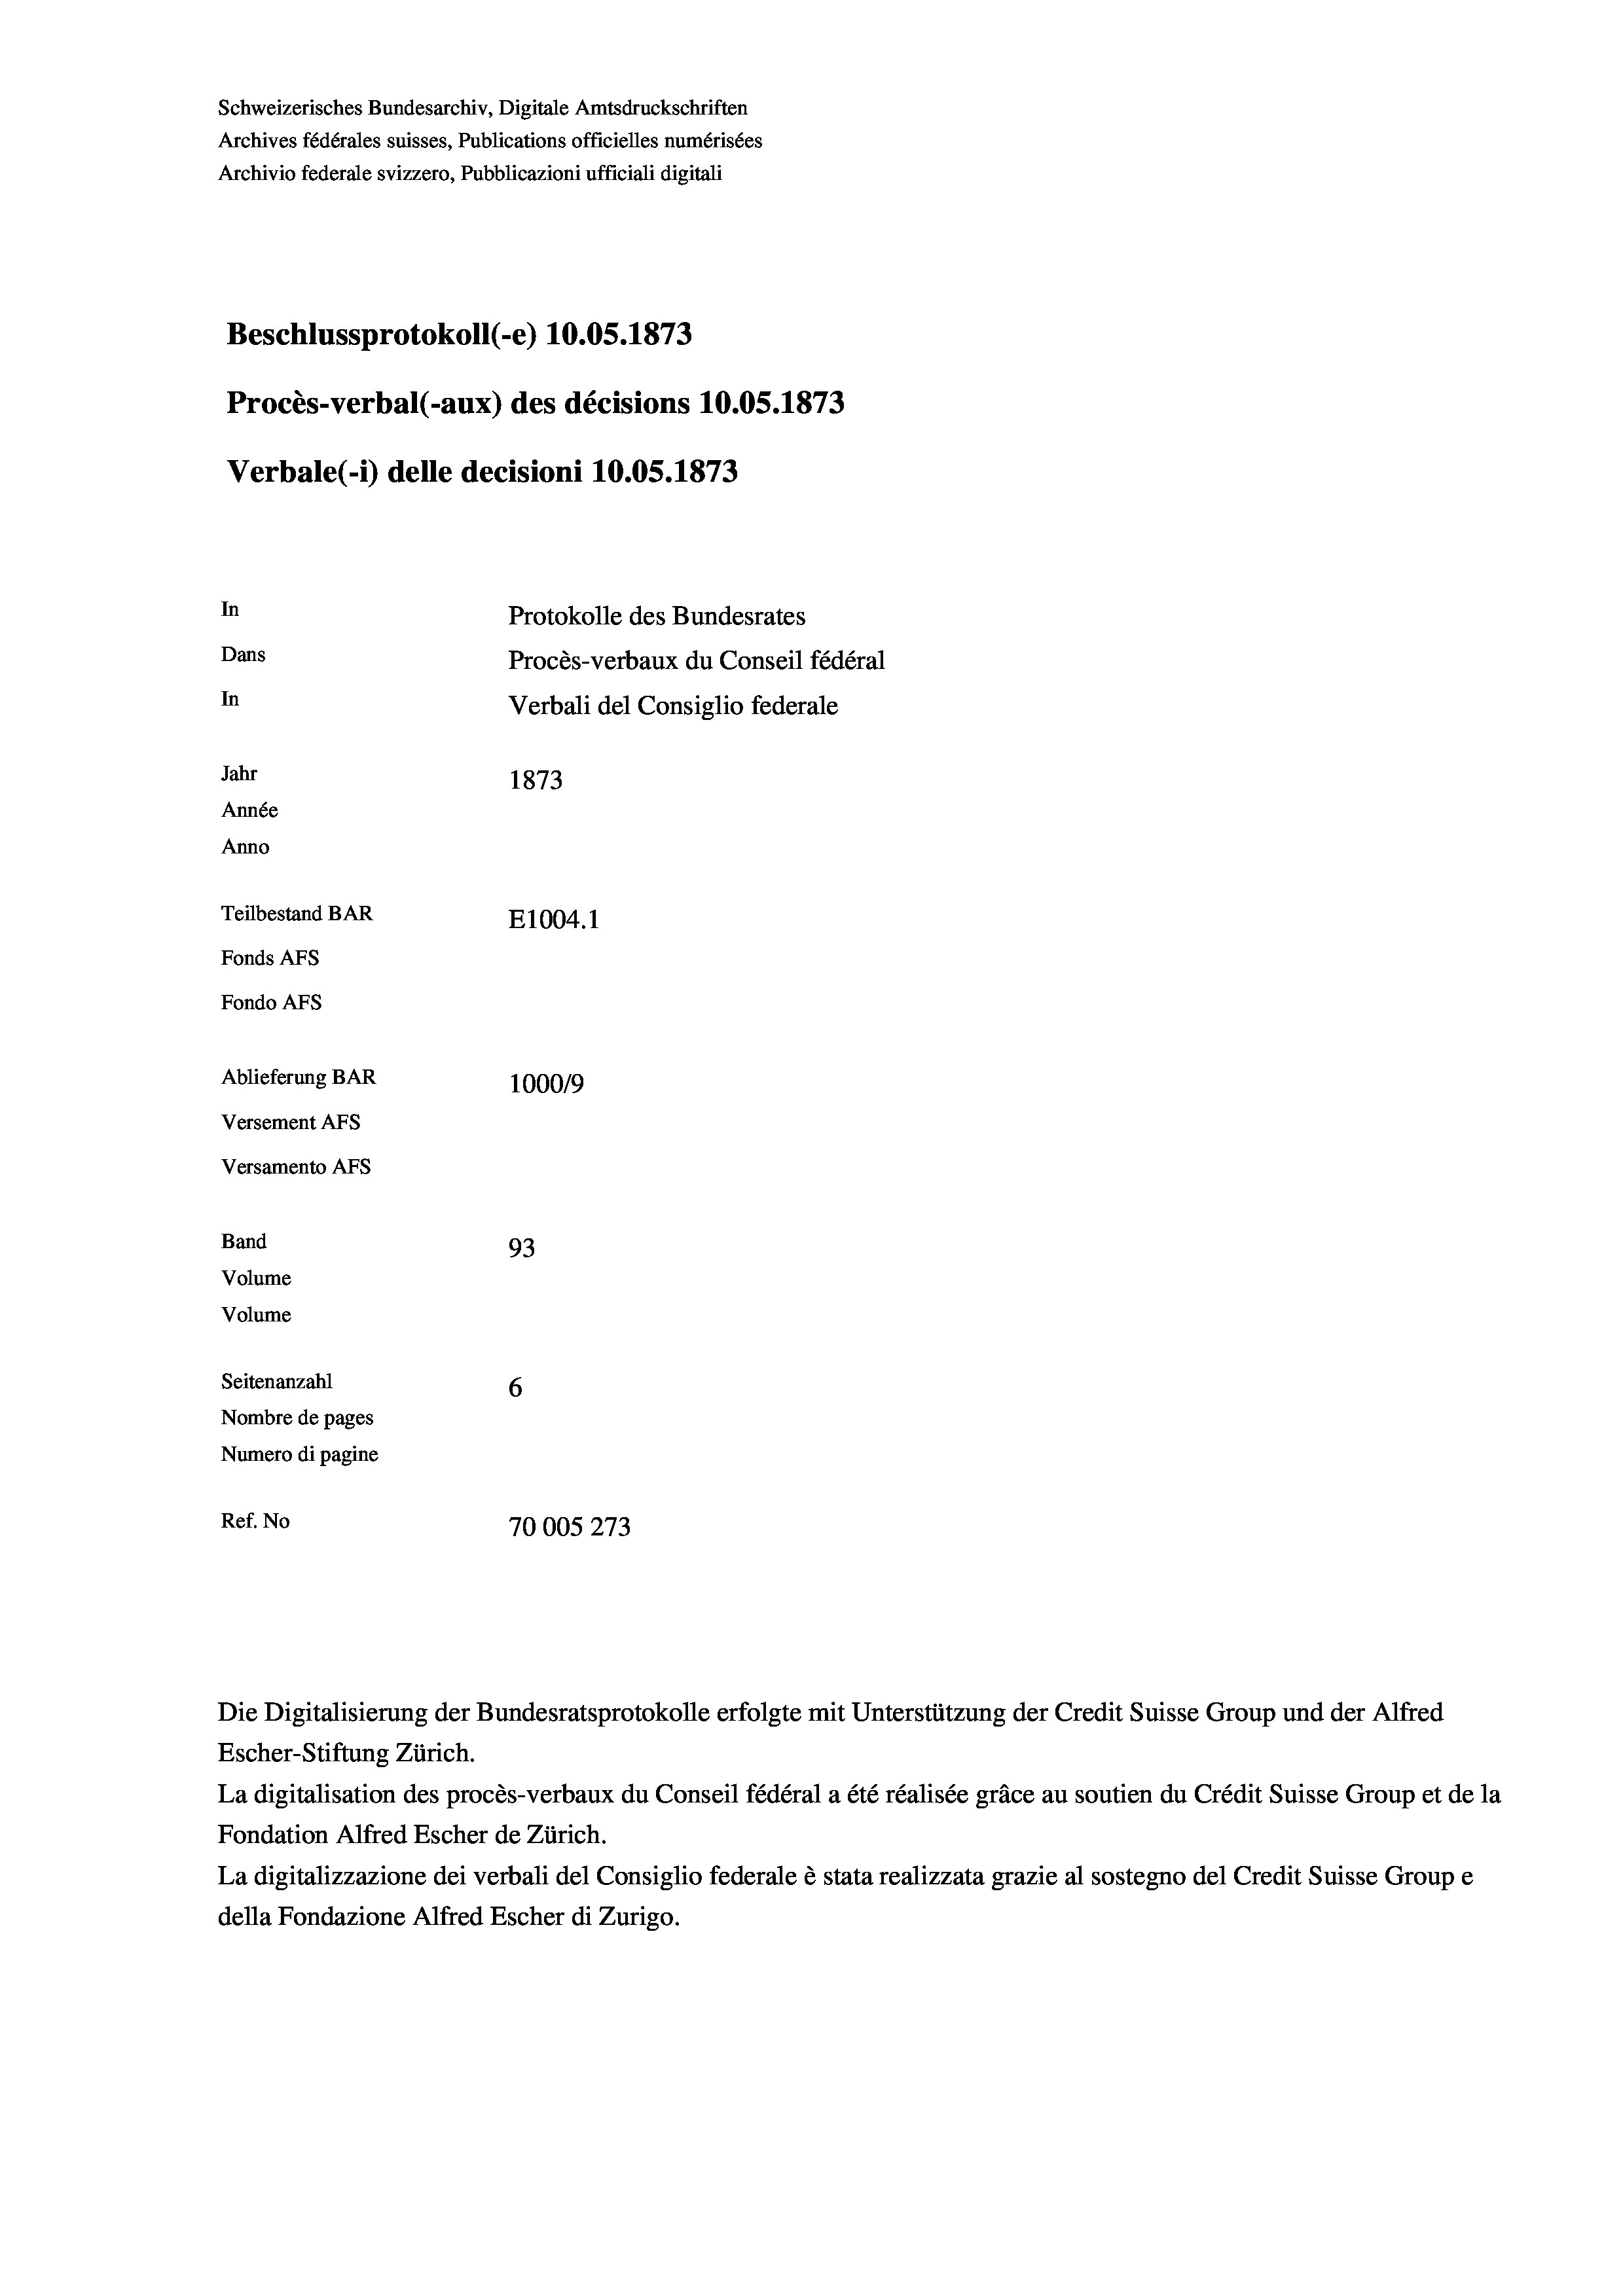
Schweizerisches Bundesarchiv, Digitale Amtsdruckschriften
Archives fédérales suisses, Publications officielles numérisées
Archivio federale svizzero, Pubblicazioni ufficiali digitali
Beschlussprotokoll (-e) 10.05. 1873
Procès-verbal (-aux) des décisions 10.05. 1873
Verbale (1) delle decisioni 10.05. 1873
In
Protokolle des Bundesrates
Dans
Procès-verbaux du Conseil fédéral
In
Verbali del Consiglio federale
Jahr
1873
Année
Anno
Teilbestand BAR
E1004. 1
Fonds AFs
Fondo AFs
Ablieferung BAR
100019
Versement AFS
Versamento Afs
Band
93
Volume
Volume
Seitenanzahl
6
Nombre de pages
Numero di pagine
Ref. No
70005273

Escher-Stiftung Zürich.
La digitalisation des procès-verbaux du Conseil fédéral a été réalisée gräce au soutien du Crédit Suisse Group et de la
Fondation Alfred Escher de Zürich.
La digitalizzazione dei verbali del Consiglio federale è stata realizzata grazie al sostegno del Credit Suisse Groupe
della Fondazione Alfred Escher di Zurigo.

Die Digitalisierung der Bundesratsprotokolle erfolgte mit Unterstützung der Credit Suisse Group und der Alfred